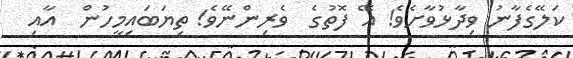
ކަލޭގެފާނު ވިދާޅުވާށެވެ! އޭ ފޮތުގެ  ވެރިންނޭވެ! ތިޔަބައިމީހުން  އާއި